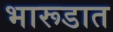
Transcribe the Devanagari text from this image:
भारूडात